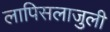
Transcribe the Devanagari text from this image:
लापिसलाजुली